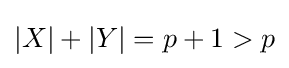
|X|+|Y|=p+1>p